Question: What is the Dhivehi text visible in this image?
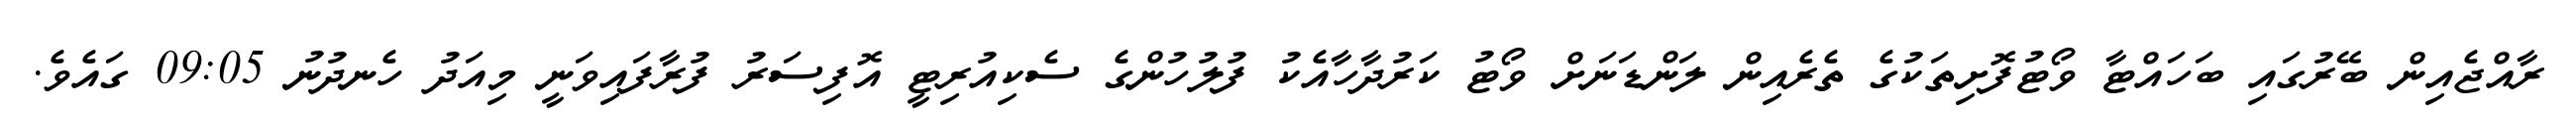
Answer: ރާއްޖެއިން ބޭރުގައި ބަހައްޓާ ވޯޓުފޮށިތަކުގެ ތެރެއިން ލަންޑަނަށް ވޯޓު ކަރުދާހާއެކު ފުލުހުންގެ ސެކިއުރިޓީ އޮފިސަރު ފުރާފައިވަނީ މިއަދު ހެނދުނު 09:05 ގައެވެ.